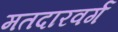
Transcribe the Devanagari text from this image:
मतदारवर्ग